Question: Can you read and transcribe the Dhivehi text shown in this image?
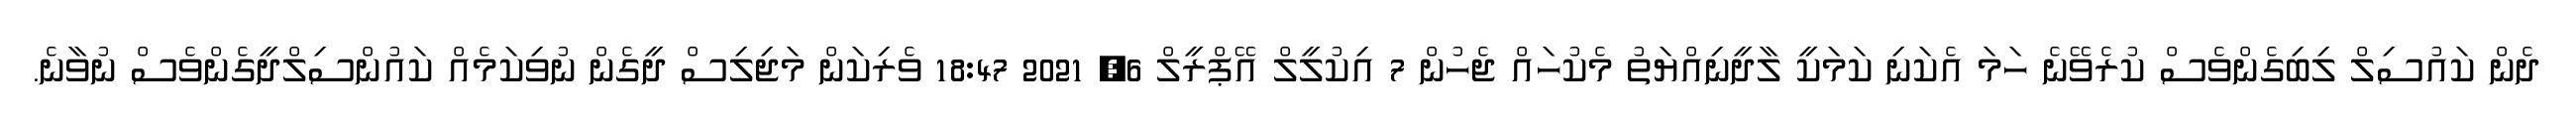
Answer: ދެން ކައުސިލް ލިބިގެންވެސް ކުރެވޭނެ ހަމަ އެކަނި ކަމަކީ ލާދީނިއްޔަތު މެކުހައް ޖެހުން 7 އިކުލީލް އޭޕްރީލް 6, 2021 18:47 ވެރިކަން މަޖިލިސް ދީގެން ނުވިކަމެއް ކައުންސިލްދީގެންވެސް ނުވާނެ.